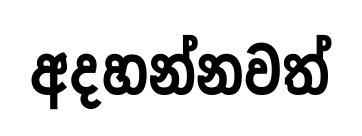
අදහන්නවත්